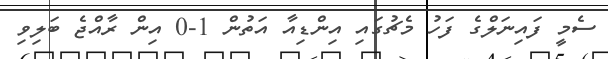
ސެމީ ފައިނަލްގެ ފަހު މެޗުގައި އިންޑިއާ އަތުން 1-0 އިން ރާއްޖެ ބަލިވި